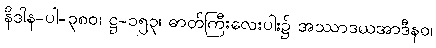
နိဒါန-ပါ-၃၈၀၊ ဋ္ဌ-၁၅၃၊ ဓာတ်ကြီးလေးပါး၌ အဿာဒယအာဒီနဝ၊